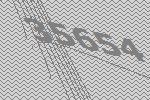
35654